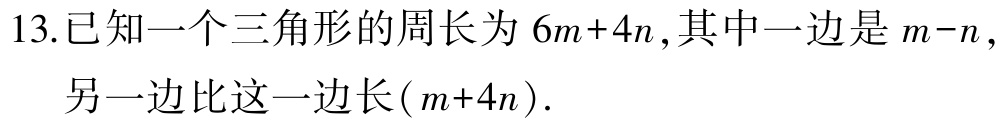
13.已知一个三角形的周长为\(6m + 4n\)，其中一边是\(m - n\)，另一边比这一边长\((m + 4n)\).